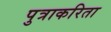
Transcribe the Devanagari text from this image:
पुत्राकरिता